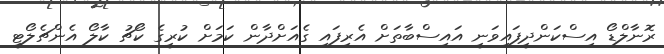
ރޮނާލްޑޯ އިސްކަންދީފައިވަނީ އައިސްބާތަށް އެރިފައި ގެއަށްދާން ކަމަށް ކުރީގެ ކޯޗު ކާލޯ އެންޗެލޯޓީ